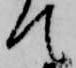
て